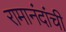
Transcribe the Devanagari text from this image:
रामानंदांची